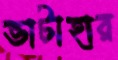
ভাটাহার